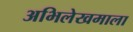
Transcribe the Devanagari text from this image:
अभिलेखमाला